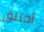
أختلق